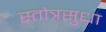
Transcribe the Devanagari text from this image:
स्तोत्रसुधा